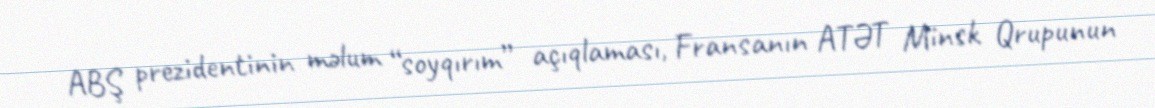
ABŞ prezidentinin məlum “soyqırım” açıqlaması, Fransanın ATƏT Minsk Qrupunun